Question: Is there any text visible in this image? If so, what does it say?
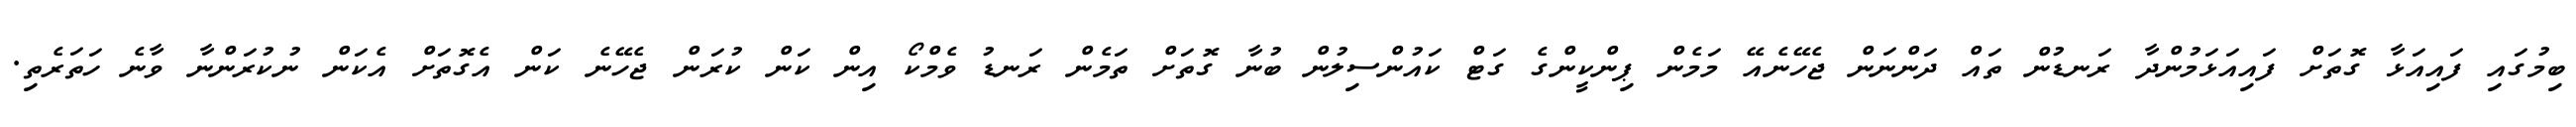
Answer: ބިމުގައި ފައިއަޅާ ގޮތަށް ފައިއަޅަމުންދާ ރަނޑުން ތައް ދަންނަން ޖެހޭނެއޭ މަމެން ޕިންކީންގެ ގަޓް ކައުންސިލުން ބުނާ ގޮތަށް ތަމެން ރަނޑު ވެމްކޯ އިން ކަން ކުރަން ޖެހޭނެ ކަން އެގޮތަށް އެކަން ނުކުރަންނާ ވާނެ ހަތަރެތި.